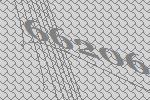
66206